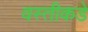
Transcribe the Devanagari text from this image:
वस्तीकडे